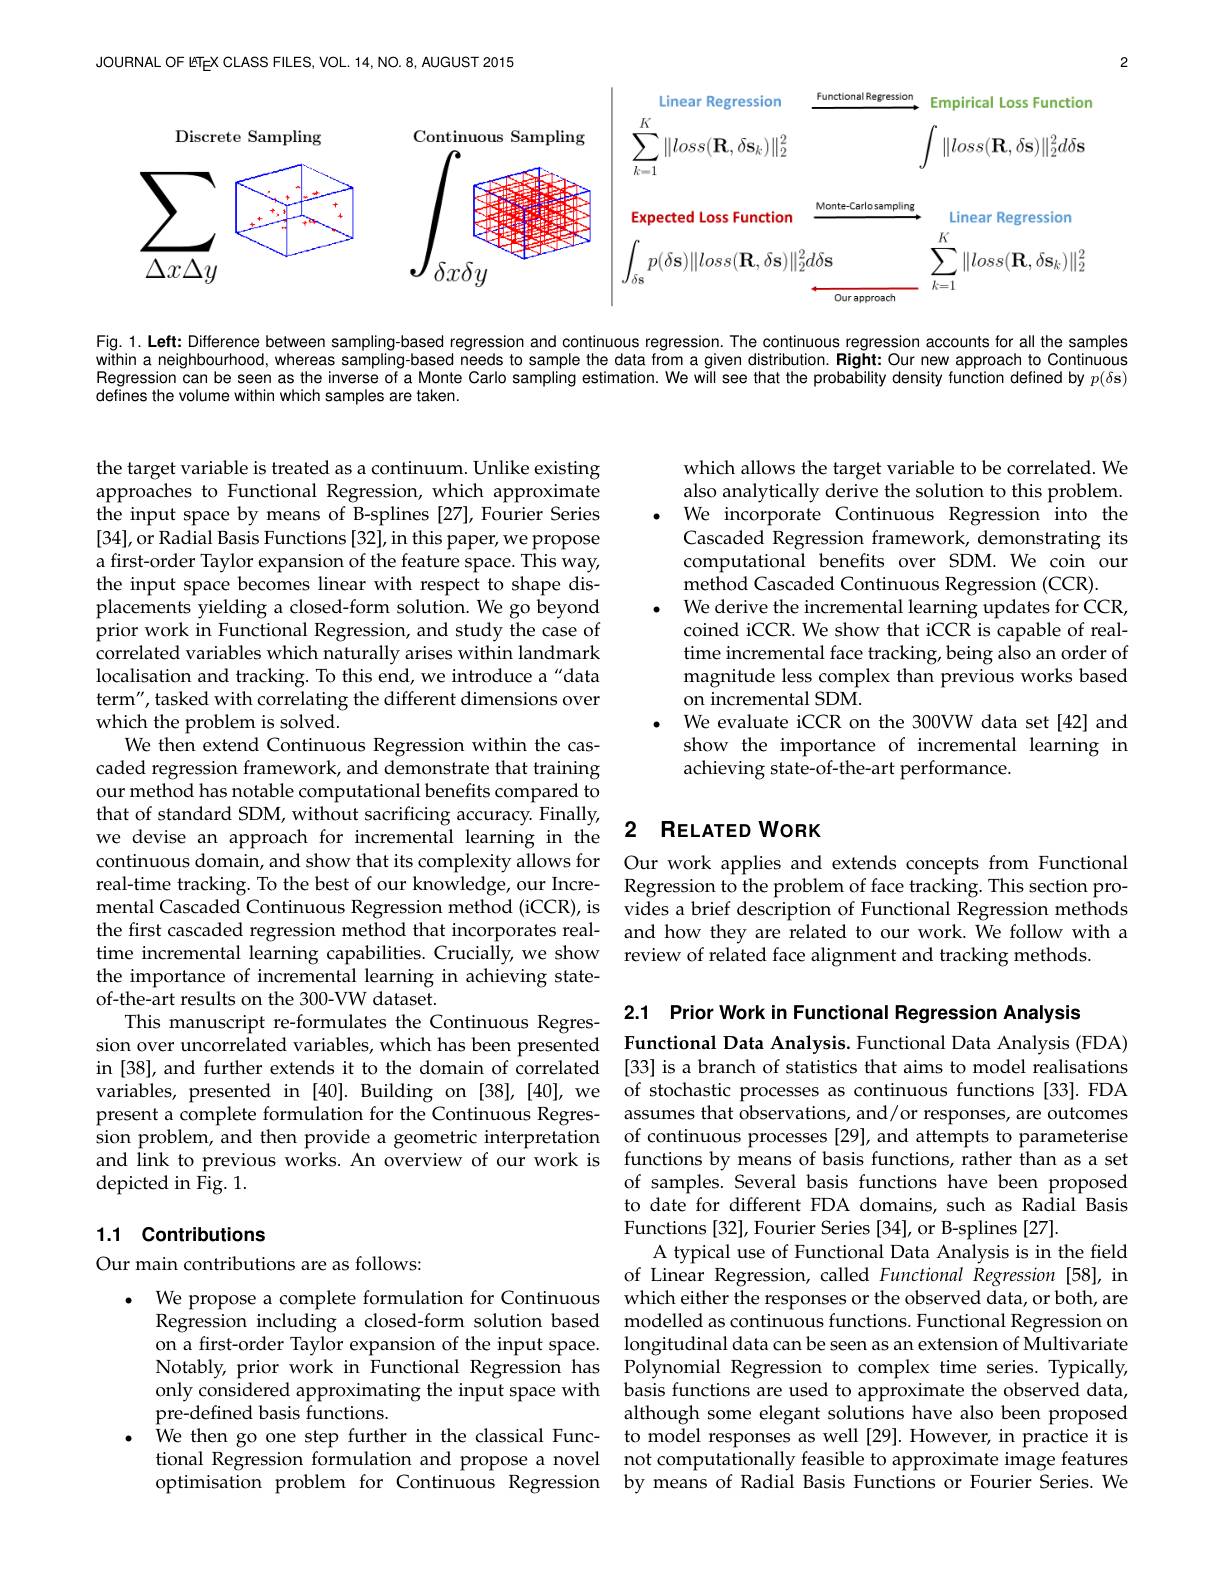
JOURNAL OF ETEX CLASS FILES, VOL. 14, NO. 8, AUGUST 2015

2

<FigureHere>

Fig.1. Left: Difference between sampling-based regression and continuous regression. The continuous regression accounts for all the samples within $a$ neighbourhood, whereas sampling-based needs to sample the data from a given distribution. Right: Our new approach to Continuious Regression can be seen as the inverse of a Monte Carlo sampling estimation. We will see that the probability density function defined by $p(\delta\mathbf{s})$ defines the volume within which samples are taken.

which allows the target variable to be correlated. We also analytically derive the solution to this problem. We incorporate Continuous Regression into the Cascaded Regression framework, demonstrating its computational benefits over SDM. We coin our method Cascaded Continuous Regression (CCR).
We derive the incremental learning updates for CCR, coined iCCR. We show that iCCR is capable of realtime incremental face tracking, being also an order of magnitude less complex than previous works based on incremental SDM.
We evaluate iCCR on the 300VW data set[42] and show the importance of incremental learning in achieving state-of-the-art performance.

the target variable is treated as a continuum. Unlike existing approaches to Functional Regression, which approximate the input space by means of B-splines [27], Fourier Series [34],or Radial Basis Functions[32], in this paper, we propose a first-order Taylor expansion of the feature space. This way, the input space becomes linear with respect to shape displacements yielding a closed-form solution. We go beyond prior work in Functional Regression, and study the case of correlated variables which naturally arises within landmark localisation and tracking. To this end, we introduce a"data term", tasked with correlating the different dimensions over which the problem is solved.
We then extend Continuous Regression within the cascaded regression framework, and demonstrate that training our method has notable computational benefits compared to that of standard SDM, without sacrificing accuracy. Finally, we devise an approach for incremental learning in the continuous domain, and show that its complexity allows for real-time tracking. To the best of our knowledge, our Incremental Cascaded Continuous Regression method (iCCR), is the first cascaded regression method that incorporates real- and how they are related to our work. We follow with a
time incremental learning capabilities. Crucially, we show the importance of incremental learning in achieving stateof-the-art results on the 300-VW dataset.
This manuscript re-formulates the Continuous Regres-
sion over uncorrelated variables, which has been presented Functional Data Analysis. Functional Data Analysis (FDA) in [38], and further extends it to the domain of correlated [33] is a branch of statistics that aims to model realisations variables, presented in [40]. Building on [38],[40], we of stochastic processes as continuous functions [33]. FDA present a complete formulation for the Continuous Regres-
sion problem, and then provide a geometric interpretation of continuous processes [29], and attempts to parameterise and link to previous works. An overview of our work is functions by means of basis functions, rather than as a set depicted in Fig. 1.

### 2 RELATED WORK

Our work applies and extends concepts from Functional Regression to the problem of face tracking. This section provides a brief description of Functional Regression methods review of related face alignment and tracking methods.

2.1 Prior Work in Functional Regression Analysis

## 1.1 Contributions

Our main contributions are as follows:

assumes that observations, and/or responses, are outcomes of samples. Several basis functions have been proposed to date for different FDA domains, such as Radial Basis Functions [32], Fourier Series [34], or B-splines [27].
A typical use of Functional Data Analysis is in the field of Linear Regression, called Functional Regression [58], in which either the responses or the observed data, or both, are
$\hat{\text{Regression including a closed- form solution based}}$ $\hat{\text{modelled as continuous functions. Functional Regression on}}$
longitudinal data can be seen as an extension of Multivariate
Notably, prior work in Functional Regression has Polynomial Regression to complex time series. Typically,
basis functions are used to approximate the observed data, although some elegant solutions have also been proposed to model responses as well [29]. However, in practice it is
tional Regression formulation and propose a novel not computationally feasible to approximate image features optimisation problem for Continuous Regression by means of Radial Basis Functions or Fourier Series. We

We propose a complete formulation for Continuous on a first-order Taylor expansion of the input space. only considered approximating the input space with pre-defined basis functions.
We then go one step further in the classical Func-